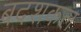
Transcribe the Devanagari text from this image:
बदशकल